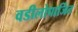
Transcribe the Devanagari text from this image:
वडीलोपार्जित